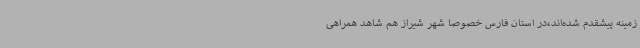
زمینه پیشقدم شده‌اند،در استان فارس خصوصا شهر شیراز هم شاهد همراهی